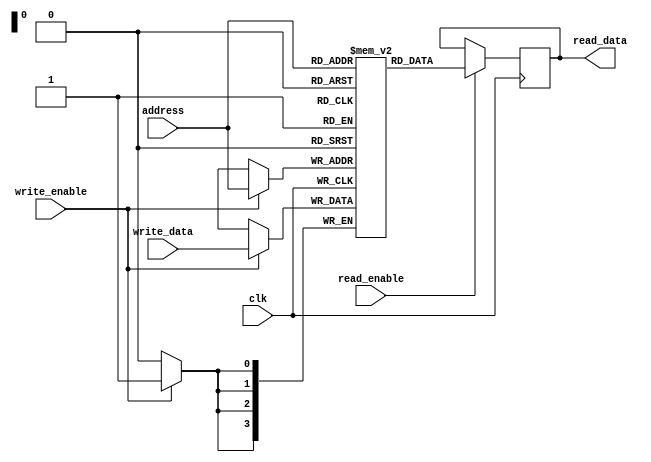
module register_file (
  input wire clk,
  input wire [3:0] address,
  input wire [3:0] write_data,
  input wire write_enable,
  input wire read_enable,
  output reg [3:0] read_data
);

reg [3:0] registers [0:15];

always @(posedge clk) begin
  if (write_enable) begin
    registers[address] <= write_data;
  end
  
  if (read_enable) begin
    read_data <= registers[address];
  end
end

endmodule